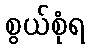
စွယ်စုံရ